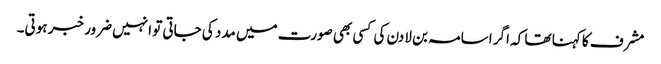
مشرف کا کہنا تھا کہ اگر اسامہ بن لادن کی کسی بھی صورت میں مدد کی جاتی تو انہیں ضرور خبر ہوتی۔